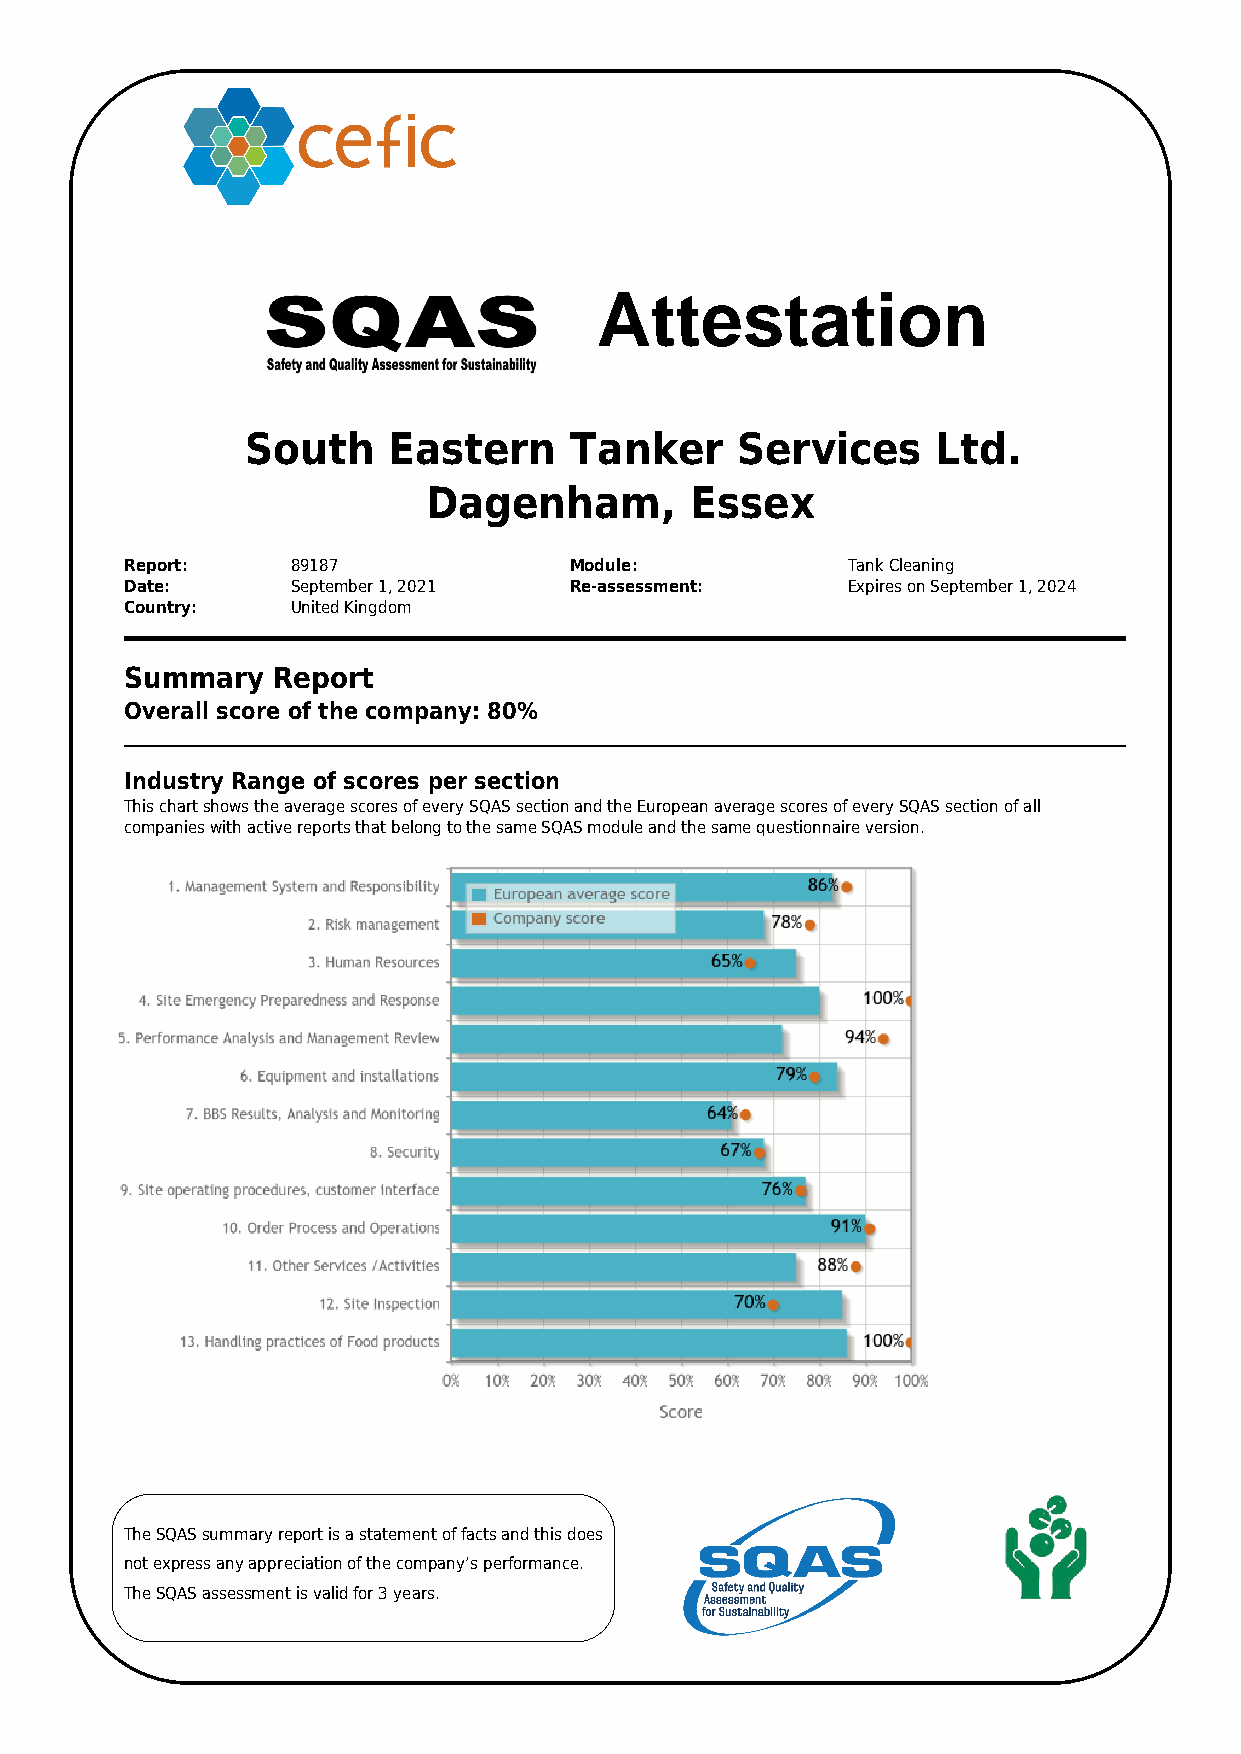
Attestation
 South     Eastern     Tanker     Services     Ltd.
 Dagenham,         Essex
 Report:    89187              Module:           Tank Cleaning
 Date:      September 1, 2021  Re-assessment:    Expires on September 1, 2024
 Country:   United Kingdom
 Summary   Report
 Overall score of the company: 80%
 Industry Range of scores per section
 This chart shows the average scores of every SQAS section and the European average scores of every SQAS section of all
 companies with active reports that belong to the same SQAS module and the same questionnaire version.
 The SQAS summary report is a statement of facts and this does
 not express any appreciation of the company’s performance.
 The SQAS assessment is valid for 3 years.
 Powered by TCPDF (www.tcpdf.org)